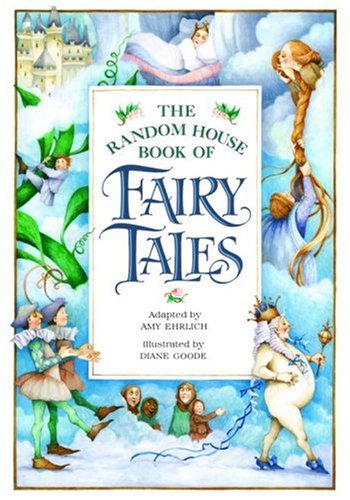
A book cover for The Random House Book of Fairy Tales; Children's Books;